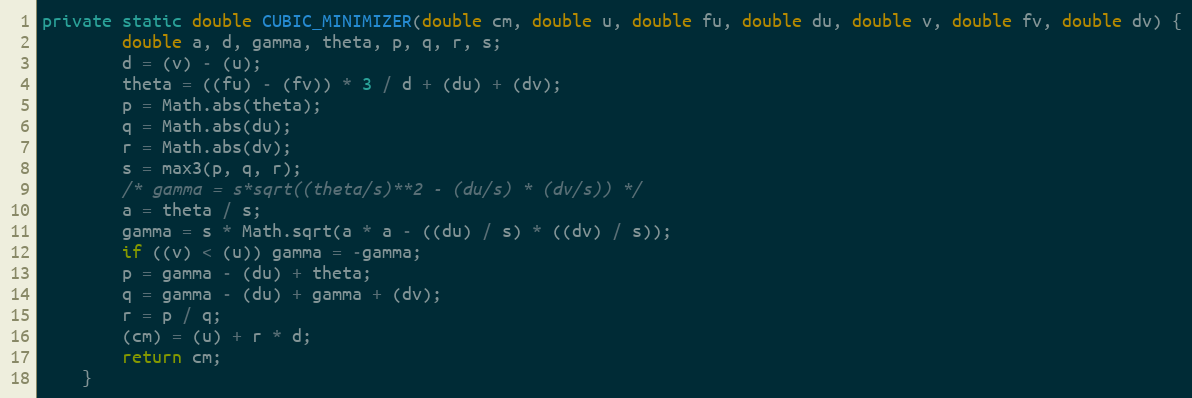
Language: Java
private static double CUBIC_MINIMIZER(double cm, double u, double fu, double du, double v, double fv, double dv) {
        double a, d, gamma, theta, p, q, r, s;
        d = (v) - (u);
        theta = ((fu) - (fv)) * 3 / d + (du) + (dv);
        p = Math.abs(theta);
        q = Math.abs(du);
        r = Math.abs(dv);
        s = max3(p, q, r);
        /* gamma = s*sqrt((theta/s)**2 - (du/s) * (dv/s)) */
        a = theta / s;
        gamma = s * Math.sqrt(a * a - ((du) / s) * ((dv) / s));
        if ((v) < (u)) gamma = -gamma;
        p = gamma - (du) + theta;
        q = gamma - (du) + gamma + (dv);
        r = p / q;
        (cm) = (u) + r * d;
        return cm;
    }